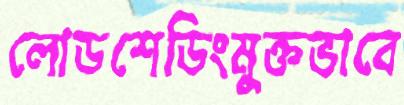
লোডশেডিংমুক্তভাবে